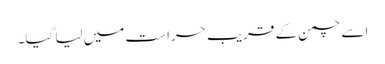
اسے چمن کے قریب حراست میں لیا گیا۔